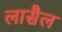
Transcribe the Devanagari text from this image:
लासैल